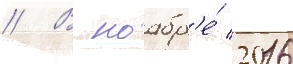
// В ноабр'е́ 2016